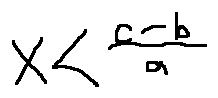
x < \frac { c - b } { a }